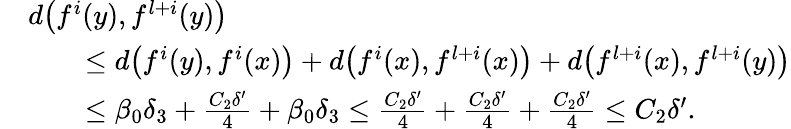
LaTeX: \begin{array}{rl}&{d\bigl(f^{i}(y),f^{l+i}(y)\bigr)}\\ &{\qquad\leq d\bigl(f^{i}(y),f^{i}(x)\bigr)+d\bigl(f^{i}(x),f^{l+i}(x)\bigr)+d\bigl(f^{l+i}(x),f^{l+i}(y)\bigr)}\\ &{\qquad\leq\beta_{0}\delta_{3}+\frac{C_{2}\delta^{\prime}}{4}+\beta_{0}\delta_{3}\leq\frac{C_{2}\delta^{\prime}}{4}+\frac{C_{2}\delta^{\prime}}{4}+\frac{C_{2}\delta^{\prime}}{4}\leq C_{2}\delta^{\prime}.}\end{array}